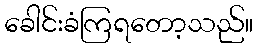
ခေါင်းခံကြရတော့သည်။